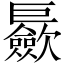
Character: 𪩪